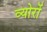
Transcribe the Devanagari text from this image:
व्योरों